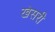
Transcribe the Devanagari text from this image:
खेसरी